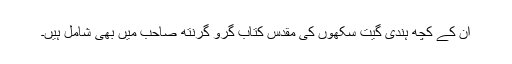
ان کے کچھ ہندی گیت سکھوں کی مقدس کتاب گرو گرنتھ صاحب میں بھی شامل ہیں۔